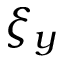
\xi _ { y }